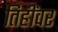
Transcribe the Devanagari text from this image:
तिहींवर